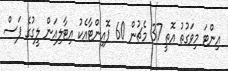
އިންޓަ މިވަގުތު އޮތީ 37 މެޗުން 60 ޕޮއިންޓާއެކު އިޓާލިއަން ލީގުގެ ފަސް